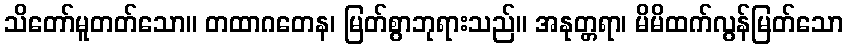
သိတော်မူတတ်သော။ တထာဂတေန၊ မြတ်စွာဘုရားသည်။ အနုတ္တရာ၊ မိမိထက်လွန်မြတ်သော